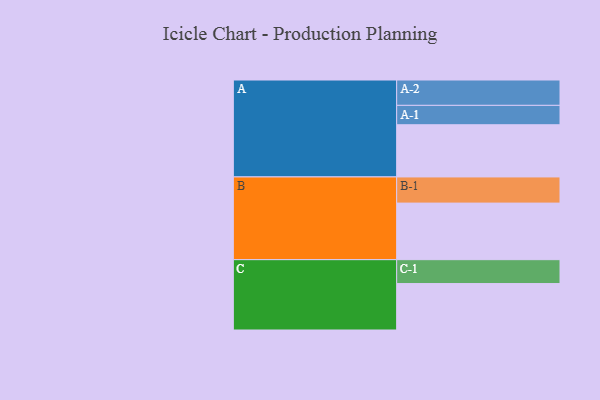
{"axis": {"x": "Segment", "y": "Value"}, "legend": ["", "A", "B", "C"], "data": [{"x": "A", "y": 455, "type": ""}, {"x": "B", "y": 493, "type": ""}, {"x": "C", "y": 405, "type": ""}, {"x": "A-1", "y": 169, "type": "A"}, {"x": "A-2", "y": 221, "type": "A"}, {"x": "B-1", "y": 228, "type": "B"}, {"x": "C-1", "y": 208, "type": "C"}]}